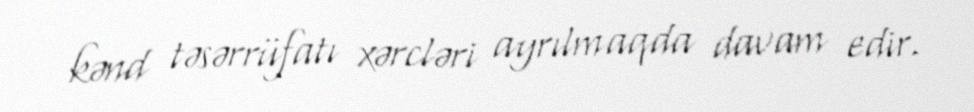
kənd təsərrüfatı xərcləri ayrılmaqda davam edir.